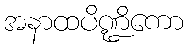
အနာထပိဏ္ဍိကော